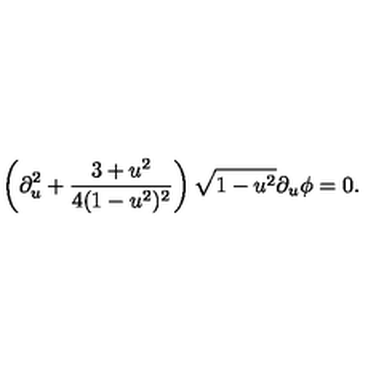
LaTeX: \left( \partial _ { u } ^ { 2 } + { \frac { 3 + u ^ { 2 } } { 4 ( 1 - u ^ { 2 } ) ^ { 2 } } } \right) \sqrt { 1 - u ^ { 2 } } \partial _ { u } \phi = 0 .